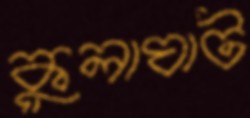
কুলাঘাট